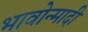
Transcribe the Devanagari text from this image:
भावोन्मादी